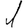
Digit: 1